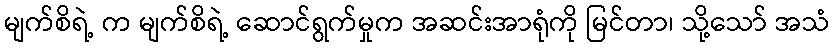
မျက်စိရဲ့ က မျက်စိရဲ့ ဆောင်ရွက်မှုက အဆင်းအာရုံကို မြင်တာ၊ သို့သော် အသံ